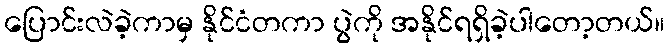
ပြောင်းလဲခဲ့ကာမှ နိုင်ငံတကာ ပွဲကို အနိုင်ရရှိခဲ့ပါတော့တယ်။